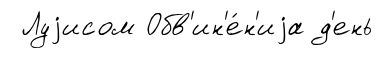
Луjисом Обв'ин'е́н'иjа д'ень